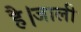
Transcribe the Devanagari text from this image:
है।जाली